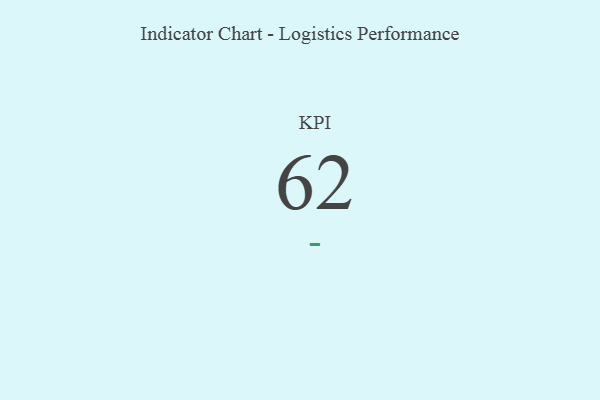
{"axis": {"x": "KPI", "y": "Value"}, "legend": [""], "data": [{"x": "KPI", "y": 62, "type": ""}]}